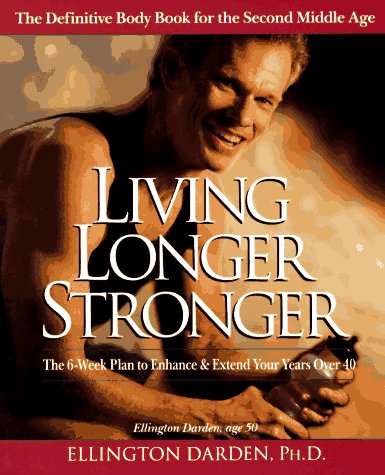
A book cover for Living Longer Stronger: The 6-Week Plan to Enhance and Extend Your Years Over 40; Ellington Darden; Health, Fitness & Dieting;